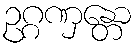
ဥဂ္ဂဏှန္တော